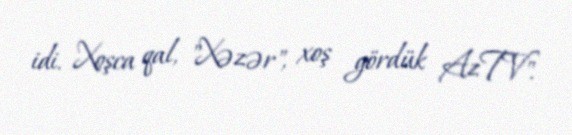
idi. Xoşca qal, "Xəzər", xoş gördük AzTV".